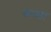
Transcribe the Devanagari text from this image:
कस्ता